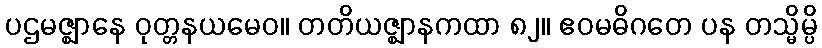
ပဌမဇ္ဈာနေ ဝုတ္တနယမေဝ။ တတိယဇ္ဈာနကထာ ၈၂။ ဧဝမဓိဂတေ ပန တသ္မိမ္ပိ